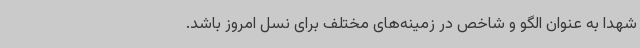
شهدا به عنوان الگو و شاخص در زمینه‌های مختلف برای نسل امروز باشد.